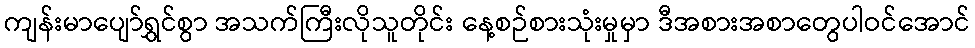
ကျန်းမာပျော်ရွှင်စွာ အသက်ကြီးလိုသူတိုင်း နေ့စဉ်စားသုံးမှုမှာ ဒီအစားအစာတွေပါဝင်အောင်